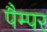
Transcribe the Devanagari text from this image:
पैम्पर